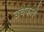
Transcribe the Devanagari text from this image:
उचकाये